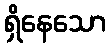
ရှိနေသော